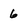
Character: 6